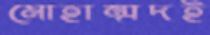
মোহাম্মদই